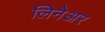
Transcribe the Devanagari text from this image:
लिनेअर